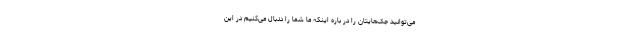
می‌توانید جک‌هایتان را در باره اینکه ما شما را دنبال می‌کنیم در این